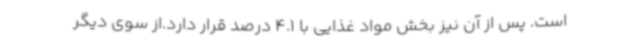
است. پس از آن نیز بخش مواد غذایی با 4.1 درصد قرار دارد.از سوی دیگر